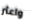
واعثر